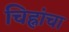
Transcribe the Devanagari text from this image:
चिह्नांचा